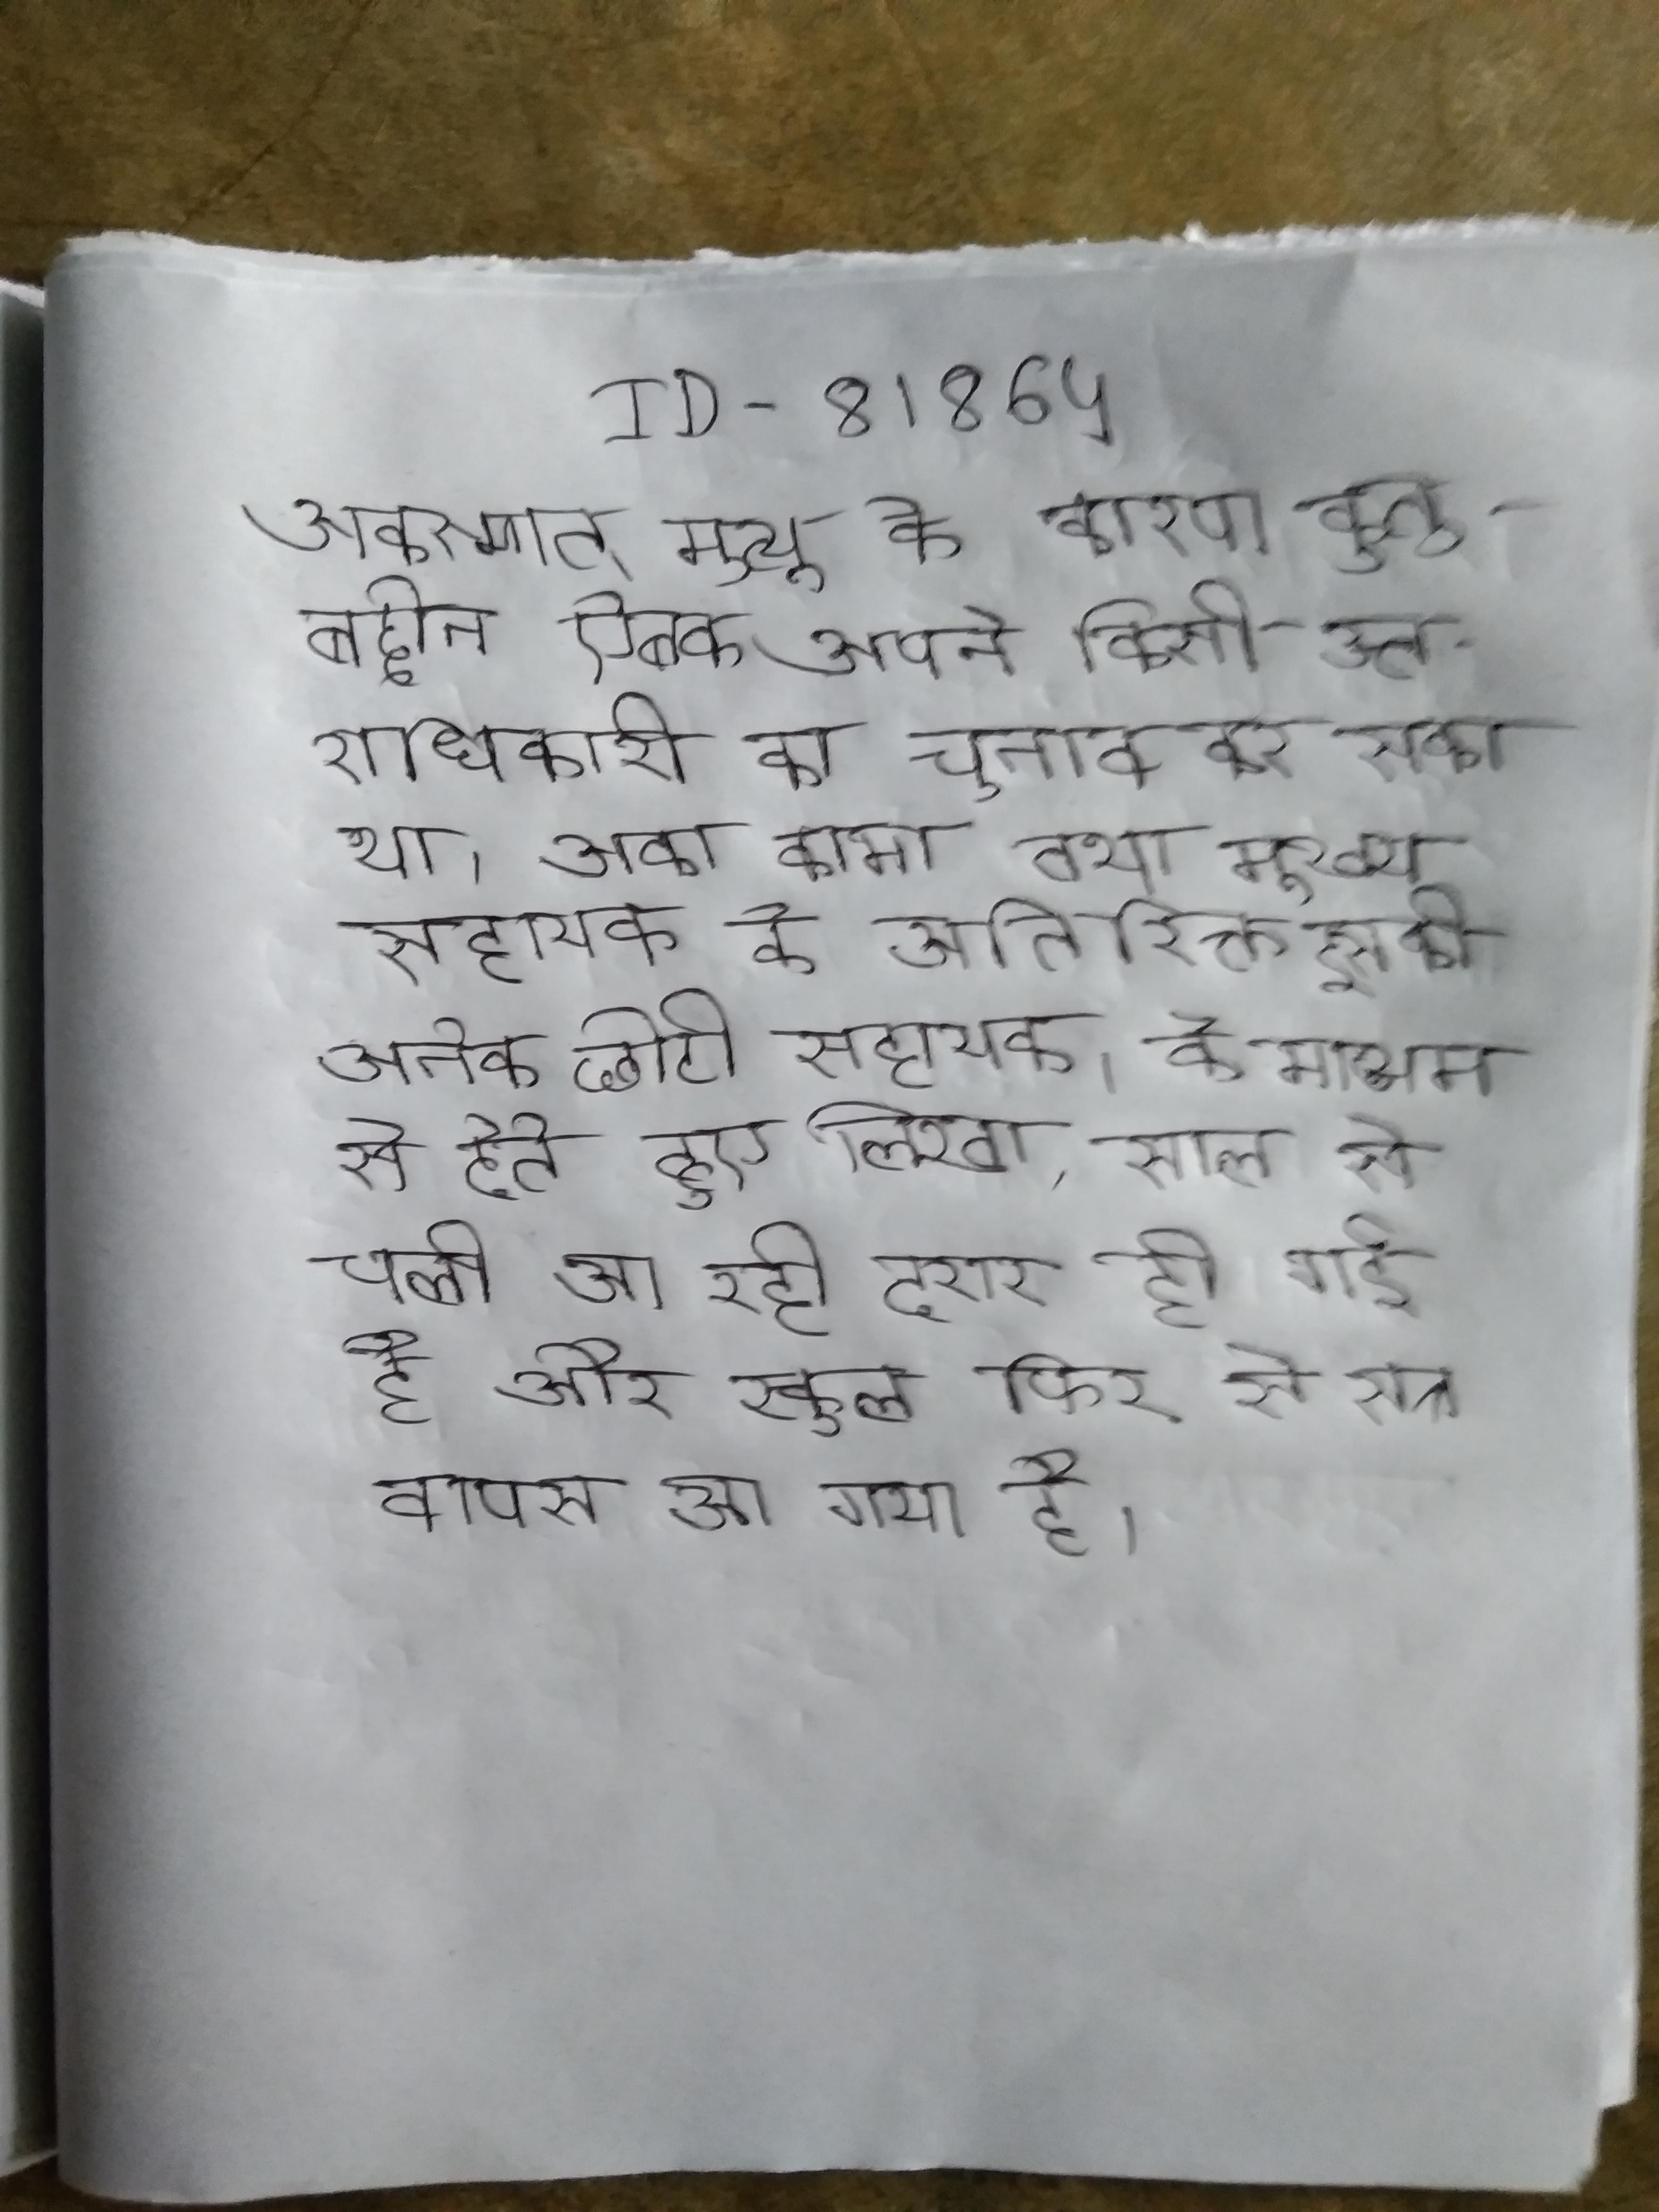
अकस्मात् मुत्यु के कारण कुतुबद्दीन ऐबक अपने किसी उत्तराधिकारी का चुनाव कर सका था । अका कामा तथा मुख्य सहायक के अतिरिक्त इसकी अनेक छोटी सहायक । के माध्यम से देते हुए लिखा, साल से चली आ रही दरार हो गई है और स्कूल फिर से सत्र वापस आ गया है ।